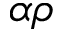
\alpha \rho